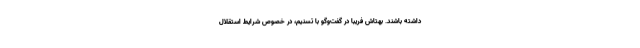
داشته باشند. بهتاش فریبا در گفت‌وگو با تسنیم، در خصوص شرایط استقلال